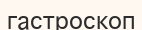
гастроскоп